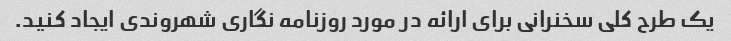
یک طرح کلی سخنرانی برای ارائه در مورد روزنامه نگاری شهروندی ایجاد کنید.